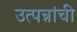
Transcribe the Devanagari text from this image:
उत्पन्नांची